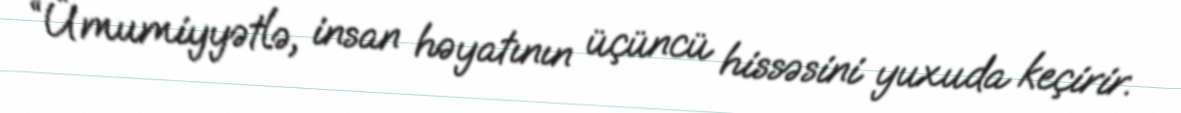
“Ümumiyyətlə, insan həyatının üçüncü hissəsini yuxuda keçirir.